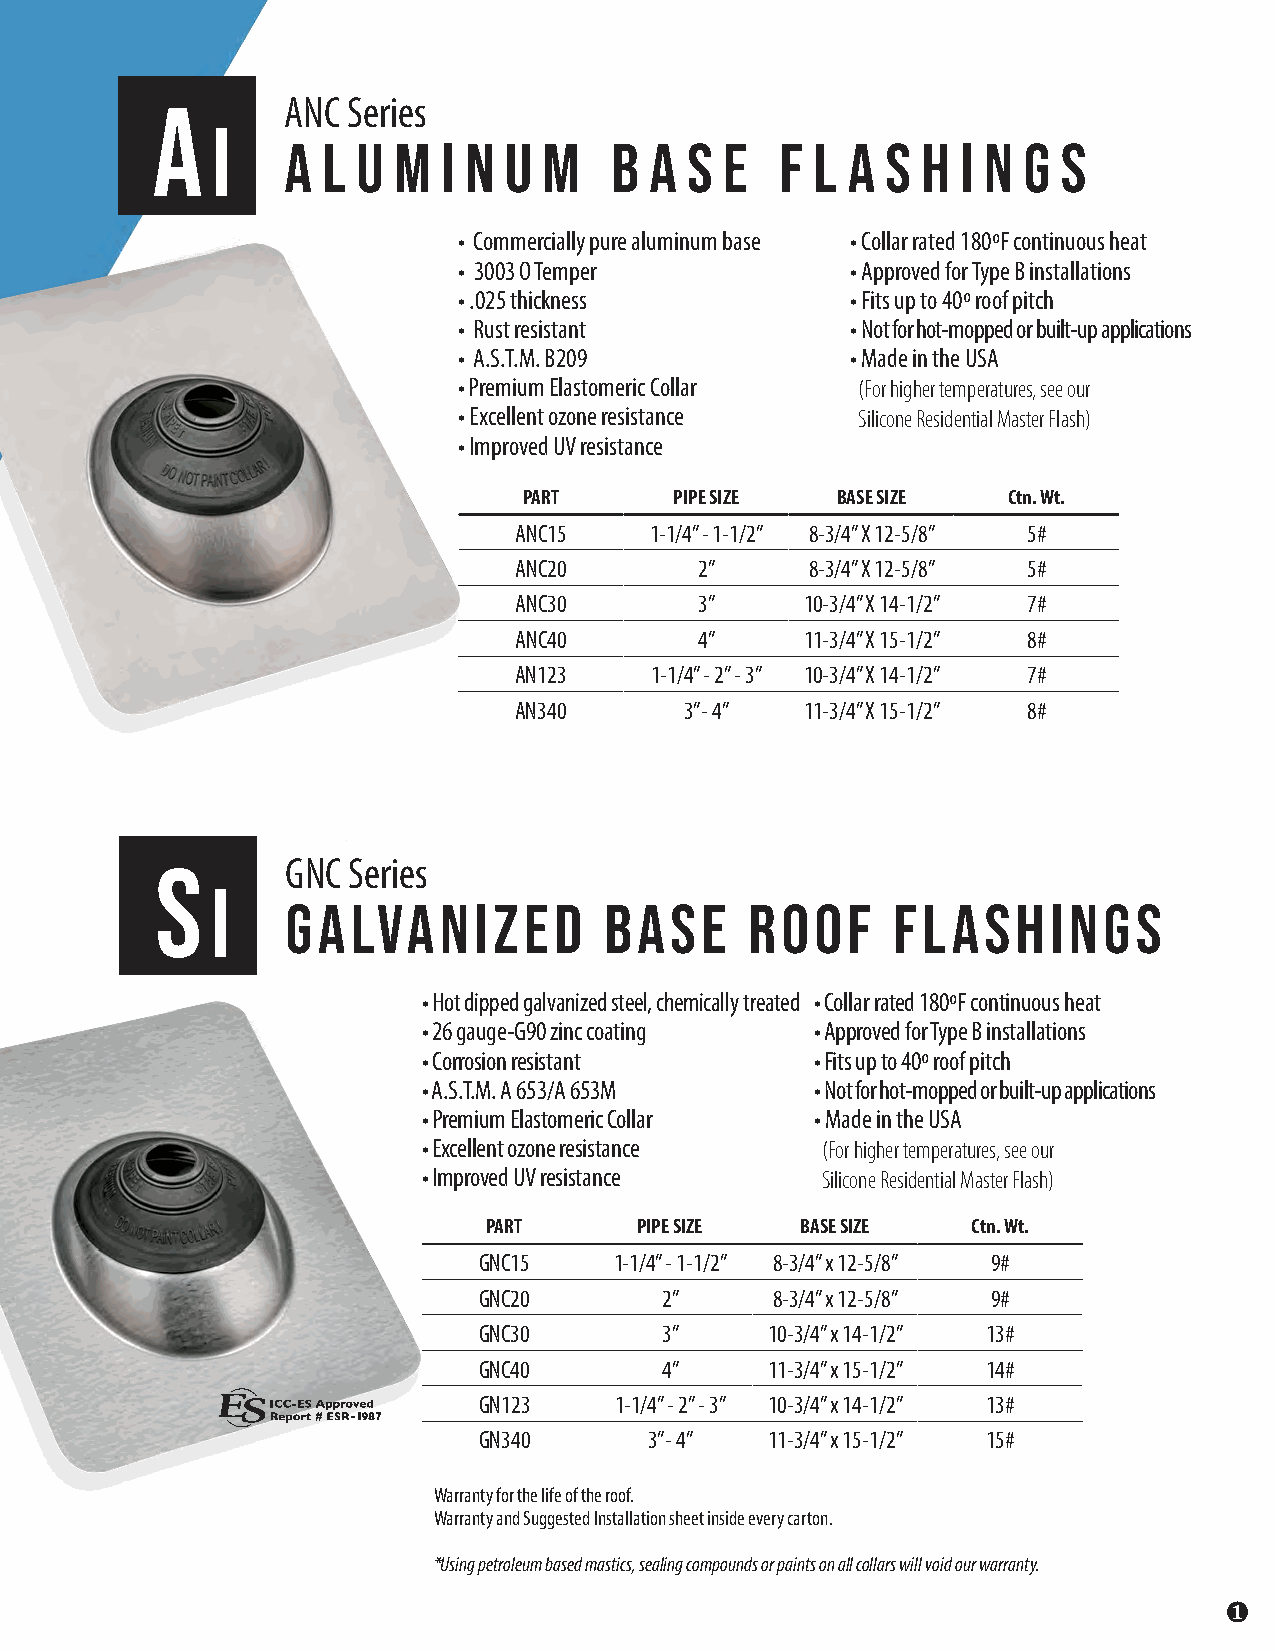
A        ANC Series
 I
 A l  u m  i n u  m   b  a s  e   f l a  s h  i n g s
 • Commercially pure aluminum base • Collar rated 180ºF continuous heat
 • 3003 O Temper           • Approved for Type B installations
 • .025 thickness          • Fits up to 40º roof pitch
 • Rust resistant          • Not for hot-mopped or built-up applications
 • A.S.T.M. B209           • Made in the USA
 • Premium Elastomeric Collar (For higher temperatures, see our
 • Excellent ozone resistance Silicone Residential Master Flash)
 • Improved UV resistance
 PART      PIPE SIZE BASE SIZE   Ctn. Wt.
 ANC15    1-1/4” - 1-1/2” 8-3/4” X 12-5/8” 5#
 ANC20       2”      8-3/4” X 12-5/8” 5#
 ANC30       3”     10-3/4” X 14-1/2” 7#
 ANC40       4”     11-3/4” X 15-1/2” 8#
 AN123    1-1/4” - 2” - 3” 10-3/4” X 14-1/2” 7#
 AN340      3”- 4”  11-3/4” X 15-1/2” 8#
 S        GNC Series
 I
 GALVANIZED           BASE      ROOF     FLASHINGS
 • Hot dipped galvanized steel, chemically treated • Collar rated 180ºF continuous heat
 • 26 gauge-G90 zinc coating • Approved for Type B installations
 • Corrosion resistant     • Fits up to 40º roof pitch
 • A.S.T.M. A 653/A 653M   • Not for hot-mopped or built-up applications
 • Premium Elastomeric Collar • Made in the USA
 • Excellent ozone resistance (For higher temperatures, see our
 • Improved UV resistance  Silicone Residential Master Flash)
 PART      PIPE SIZE  BASE SIZE  Ctn. Wt.
 GNC15    1-1/4” - 1-1/2” 8-3/4” x 12-5/8” 9#
 GNC20       2”     8-3/4” x 12-5/8” 9#
 GNC30       3”     10-3/4” x 14-1/2” 13#
 GNC40       4”     11-3/4” x 15-1/2” 14#
 GN123    1-1/4” - 2” - 3” 10-3/4” x 14-1/2” 13#
 GN340      3”- 4”  11-3/4” x 15-1/2” 15#
 Warranty for the life of the roof.
 Warranty and Suggested Installation sheet inside every carton.
 *Using petroleum based mastics, sealing compounds or paints on all collars will void our warranty.
 ❶